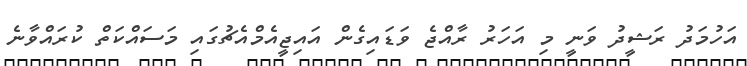
އަހުމަދު ރަޝީދު ވަނީ މި އަހަރު ރާއްޖެ ވަޑައިގެން އައިޖީއެމްއެޗުގައި މަސައްކަތް ކުރައްވާނެ